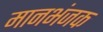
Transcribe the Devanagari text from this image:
मानभंजक